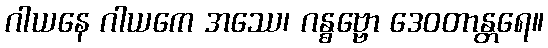
ဂါယနေ ဂါယကေ အဿေ၊ ဂန္ဓဗ္ဗော ဒေဝတာန္တရေ။